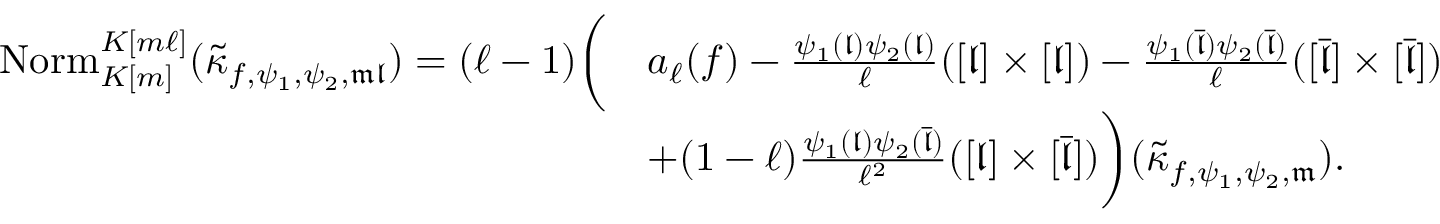
\begin{array} { r l } { \mathrm { N o r m } _ { K [ m ] } ^ { K [ m \ell ] } ( \tilde { \kappa } _ { f , \psi _ { 1 } , \psi _ { 2 } , \mathfrak { m } \mathfrak { l } } ) = ( \ell - 1 ) \bigg ( } & { a _ { \ell } ( f ) - \frac { \psi _ { 1 } ( \mathfrak { l } ) \psi _ { 2 } ( \mathfrak { l } ) } { \ell } ( [ \mathfrak { l } ] \times [ \mathfrak { l } ] ) - \frac { \psi _ { 1 } ( \overline { { \mathfrak { l } } } ) \psi _ { 2 } ( \overline { { \mathfrak { l } } } ) } { \ell } ( [ \overline { { \mathfrak { l } } } ] \times [ \overline { { \mathfrak { l } } } ] ) } \\ & { + ( 1 - \ell ) \frac { \psi _ { 1 } ( \mathfrak { l } ) \psi _ { 2 } ( \overline { { \mathfrak { l } } } ) } { \ell ^ { 2 } } ( [ \mathfrak { l } ] \times [ \overline { { \mathfrak { l } } } ] ) \bigg ) ( \tilde { \kappa } _ { f , \psi _ { 1 } , \psi _ { 2 } , \mathfrak { m } } ) . } \end{array}